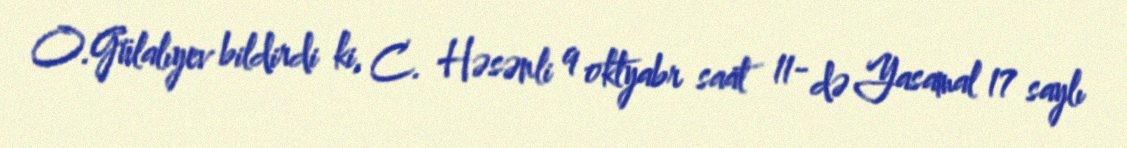
O.Gülalıyev bildirdi ki, C. Həsənli 9 oktyabr saat 11- də Yasamal 17 saylı